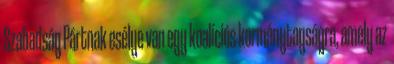
Szabadság Pártnak esélye van egy koalíciós kormánytagságra, amely az